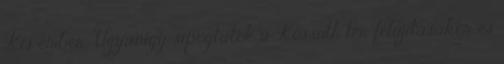
Kis ember: Ugyanígy sipogtatok a Kossuth tér felújításakor és